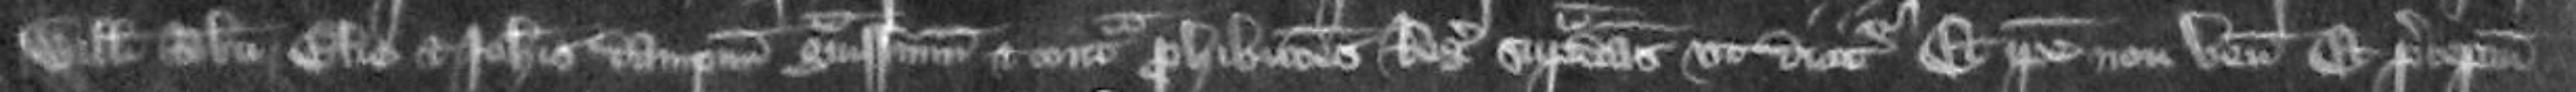
Willelmi Roberti Elie et Johannis dampnum gravissimum et contra prohibitionis Regis supradictas ut dicitur Et ipse non venit Et preceptum